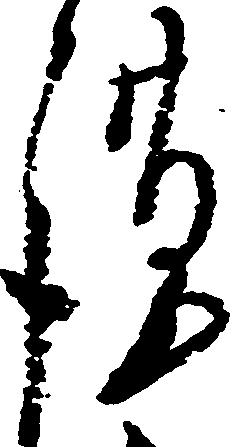
謹